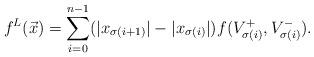
LaTeX: \begin{align*}f^{L}(\vec x)=\sum_{i=0}^{n-1}(|x_{\sigma(i+1)}|-|x_{\sigma(i)}|)f(V_{\sigma(i)}^+,V_{\sigma(i)}^-).\end{align*}